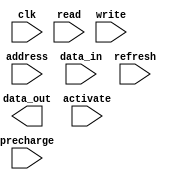
module SDRAM (
    input wire clk,
    input wire read,
    input wire write,
    input wire [7:0] address,
    input wire [7:0] data_in,
    output wire [7:0] data_out,
    input wire precharge,
    input wire activate,
    input wire refresh
);

reg [7:0] memory [0:255]; // 256 memory locations, each storing 8 bits

always @(posedge clk) begin
    if(activate) begin
        // logic for row and column access
    end
    if(read) begin
        // read operation logic
    end
    if(write) begin
        // write operation logic
    end
    if(precharge) begin
        // precharge command logic
    end
    if(refresh) begin
        // refresh command logic
    end
end

endmodule